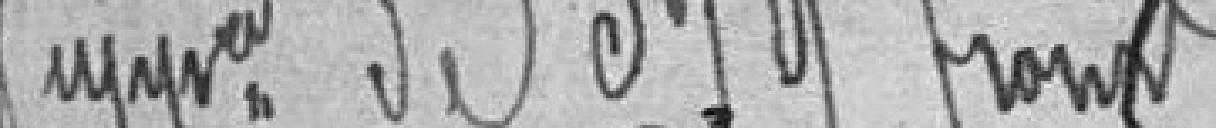
supplémentaire de 379 francs